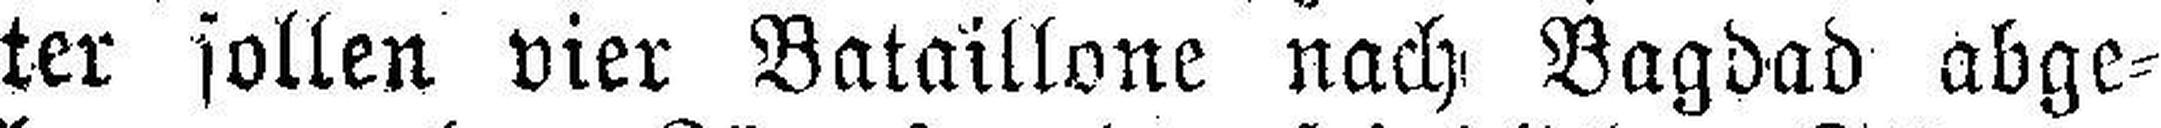
ter sollen vier Bataillone nach Bagdad abge¬